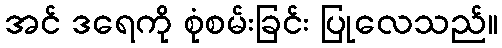
အင် ဒရေကို စုံစမ်းခြင်း ပြုလေသည်။